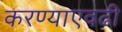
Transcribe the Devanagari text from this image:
करण्याएवढी